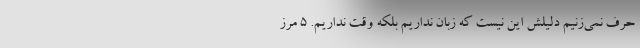
حرف نمی‌زنیم دلیلش این نیست که زبان نداریم بلکه وقت نداریم. ۵ مرز